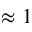
\approx 1